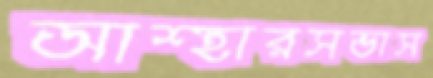
আশ্হারসভাস